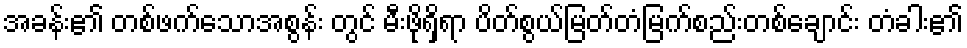
အခန်း၏ တစ်ဖက်သောအစွန်း တွင် မီးဖိုရှိရာ ပိတ်စွယ်မြတ်တံမြက်စည်းတစ်ချောင်း တံခါး၏